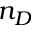
n _ { D }